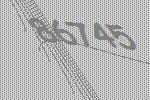
86745